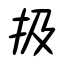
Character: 扱